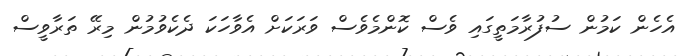
އެހެން ކަމުން ސުފުރާމަތީގައި ވެސް ކޮންމެވެސް ވަރަކަށް އެވާހަކަ ދެކެވުމުން މިރޭ ތަރާވީސް